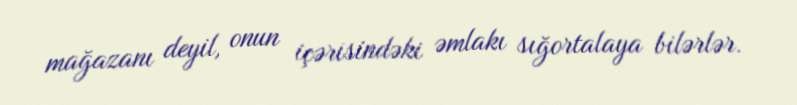
mağazanı deyil, onun içərisindəki əmlakı sığortalaya bilərlər.